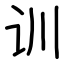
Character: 训